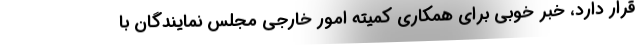
قرار دارد، خبر خوبی برای همکاری کمیته امور خارجی مجلس نمایندگان با